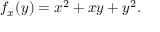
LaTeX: f _ { x } ( y ) = x ^ { 2 } + x y + y ^ { 2 } .